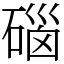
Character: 碯